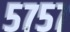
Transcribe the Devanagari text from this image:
५७५७